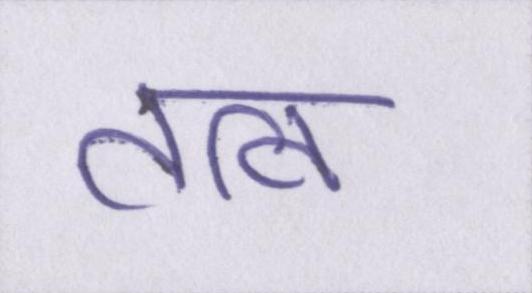
तत्व